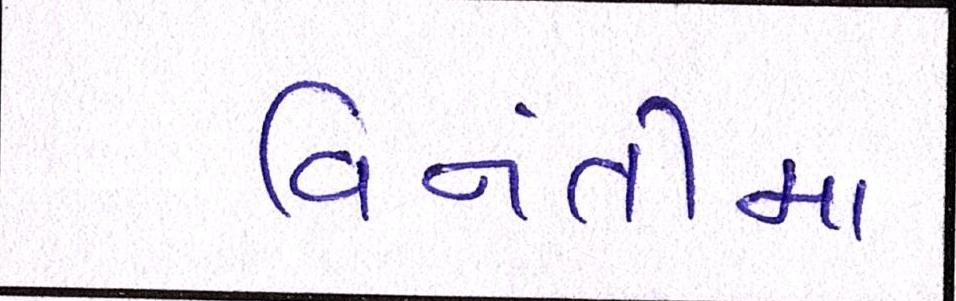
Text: વિનંતીના